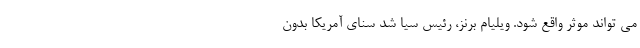
می تواند موثر واقع شود. ویلیام برنز، رئیس سیا شد سنای آمریکا بدون